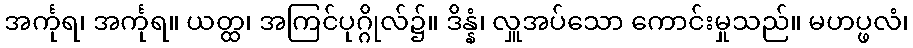
အင်္ကုရ၊ အင်္ကုရ။ ယတ္ထ၊ အကြင်ပုဂ္ဂိုလ်၌။ ဒိန္နံ၊ လှူအပ်သော ကောင်းမှုသည်။ မဟပ္ဖလံ၊